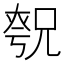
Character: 𪥚